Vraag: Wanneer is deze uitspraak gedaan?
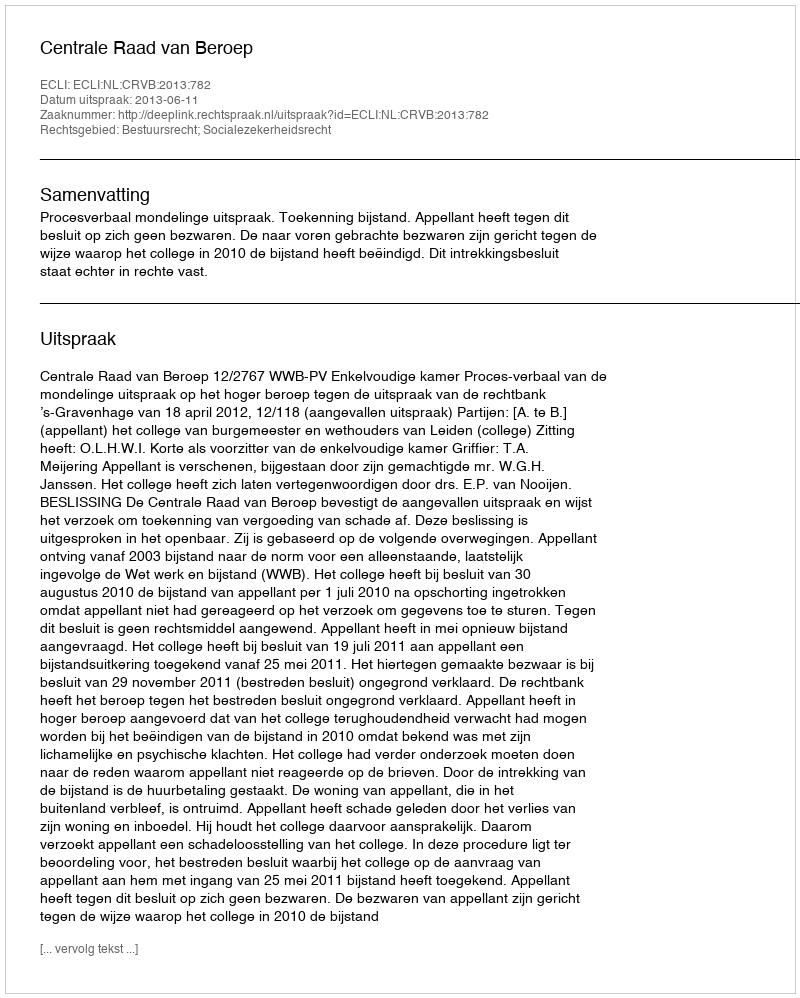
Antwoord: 2013-06-11